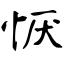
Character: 恹